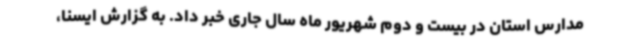
مدارس استان در بیست و دوم شهریور ماه سال جاری خبر داد. به گزارش ایسنا،